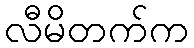
လီမိတက်က